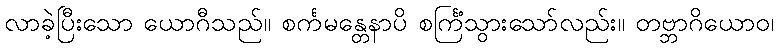
လာခဲ့ပြီးသော ယောဂီသည်။ စင်္ကမန္တေနာပိ စင်္ကြံသွားသော်လည်း။ တဗ္ဘာဂိယောဝ၊